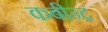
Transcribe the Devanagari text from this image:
कबीन्द्र